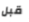
قبل